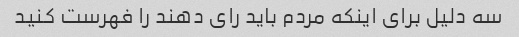
سه دلیل برای اینکه مردم باید رای دهند را فهرست کنید